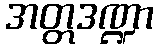
အတ္တဒဏ္ဍာ